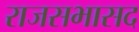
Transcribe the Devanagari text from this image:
राजसभासद